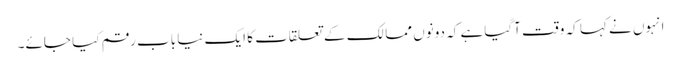
انہوں نے کہا کہ وقت آگیا ہے کہ دونوں ممالک کے تعلقات کا ایک نیا باب رقم کیا جائے۔